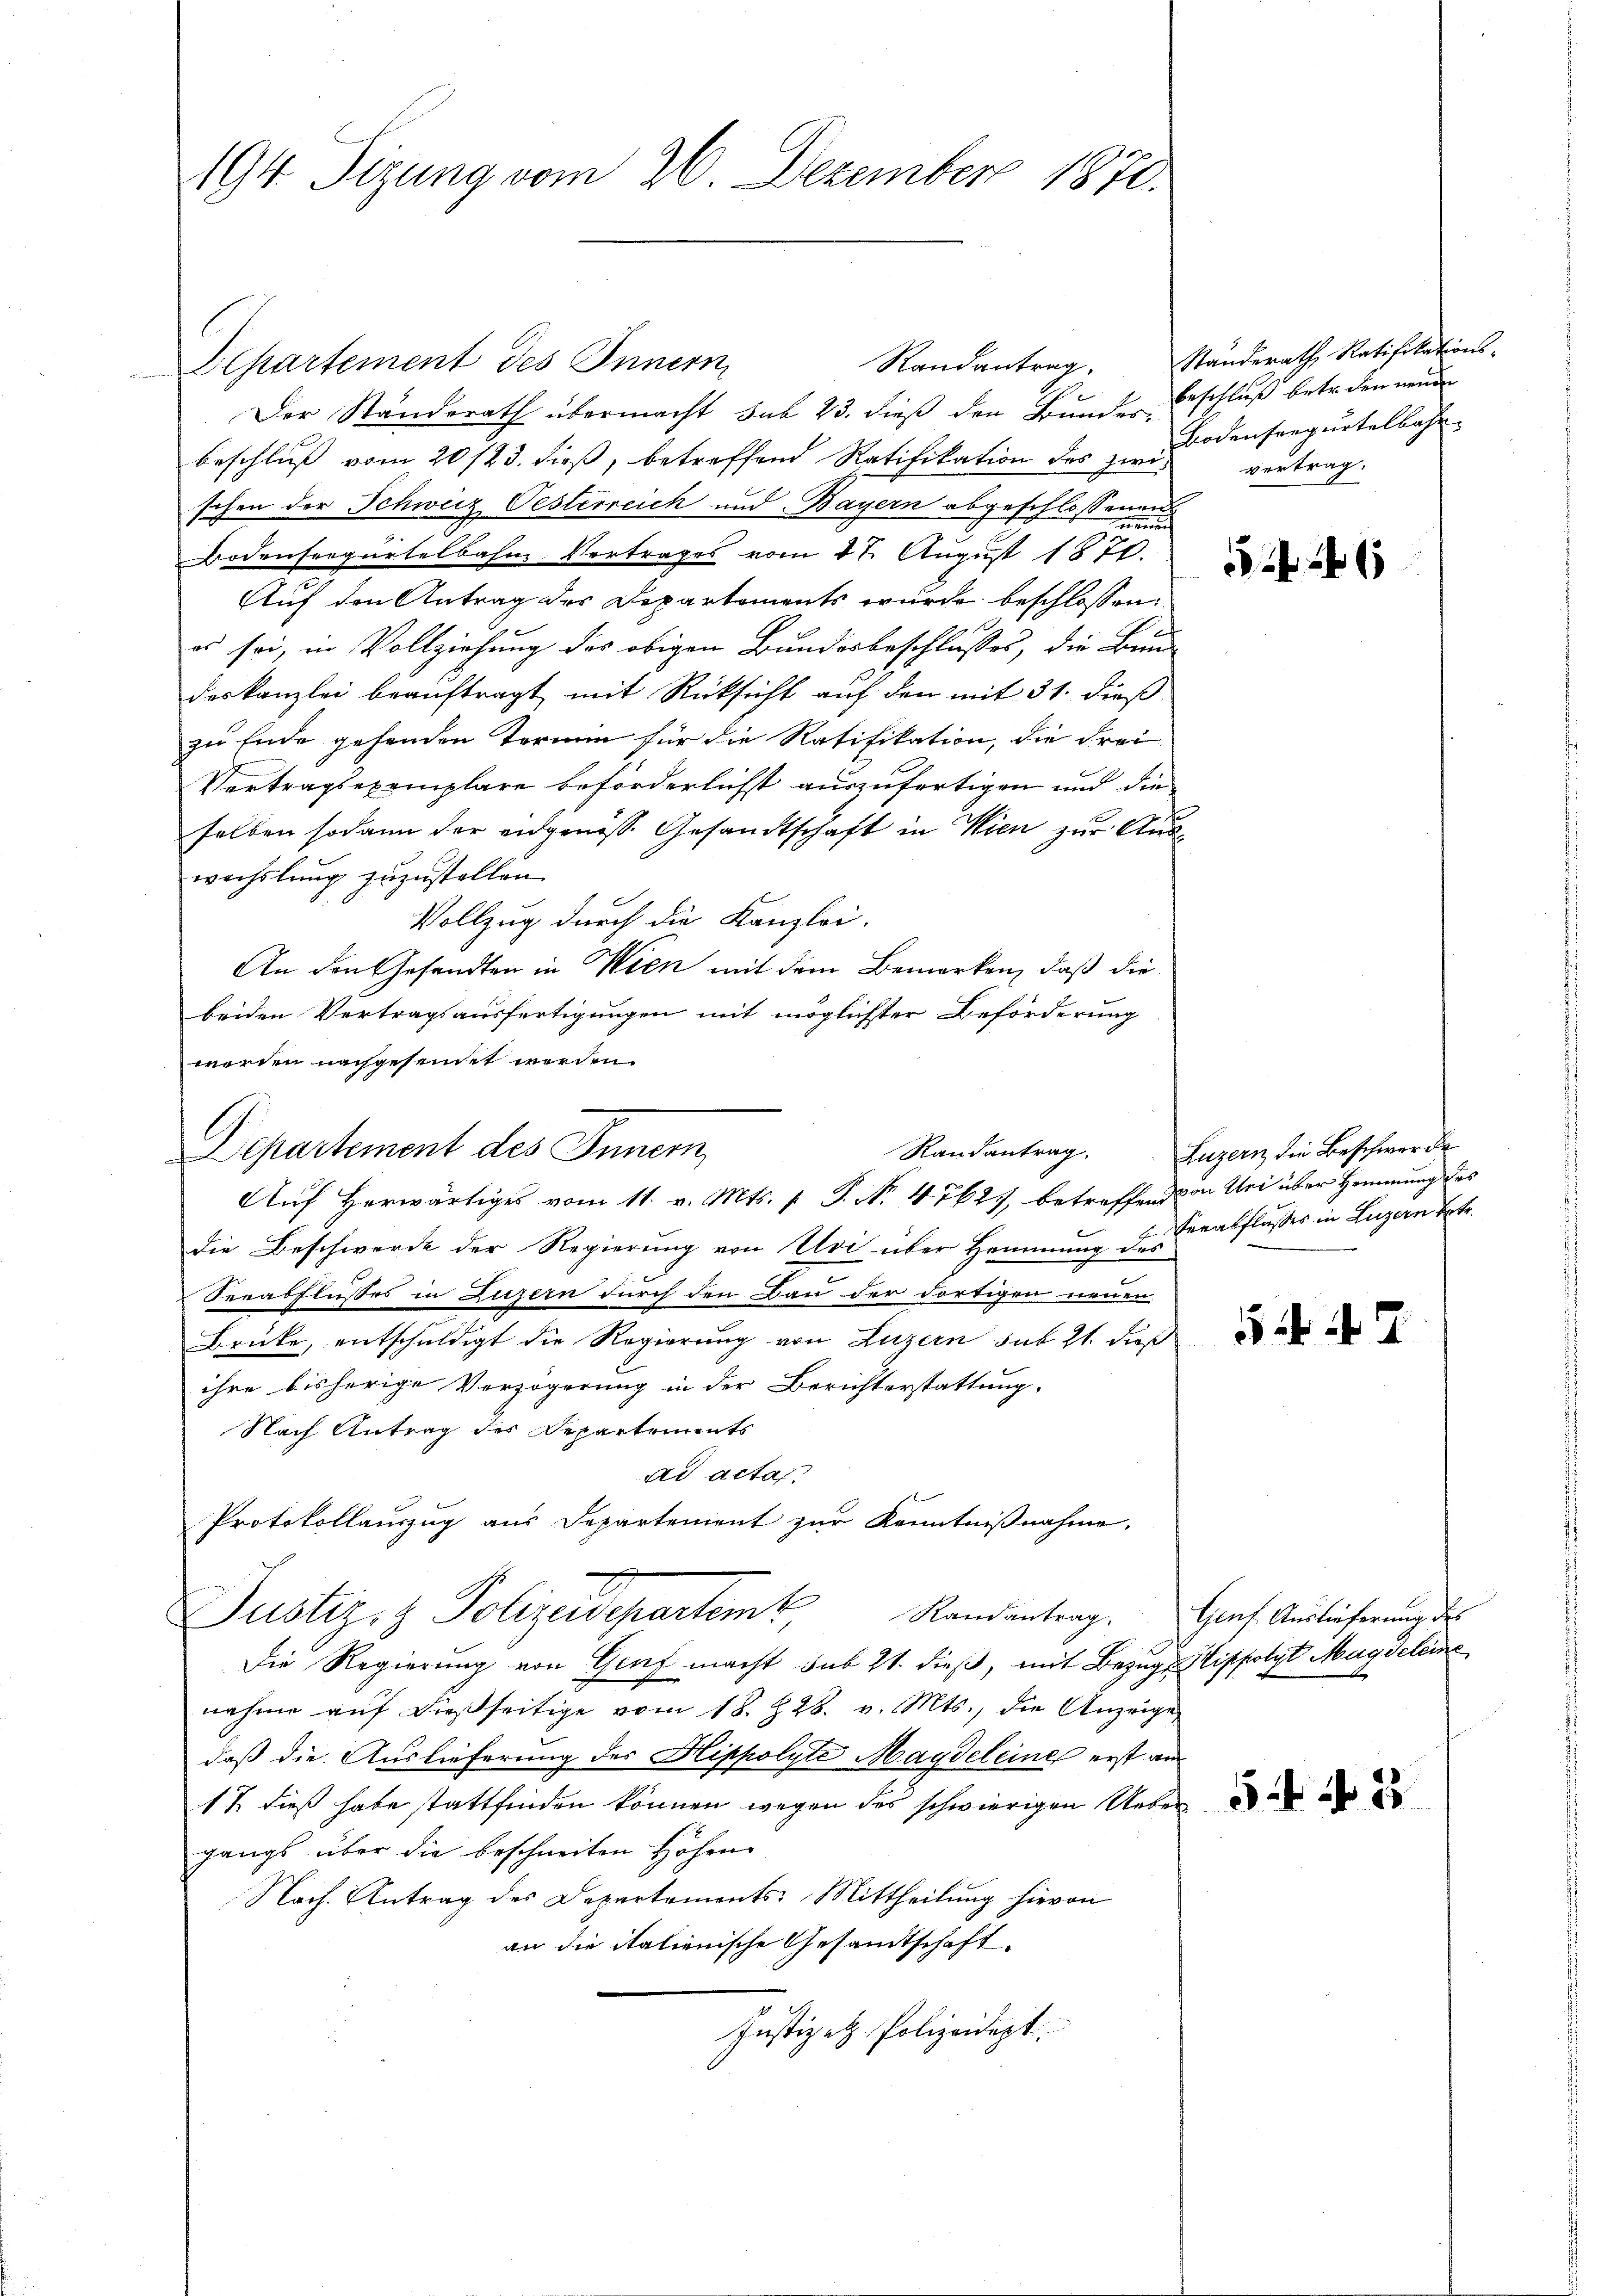
194. Sizung vom 26. Dezember 1870.

Separtement des Innern,
Der Standerath übermacht sub 23. dieß den Bundes Beschluß betr. den neuen
beschluß vom 20/23. dieß, betreffend Ratifikation des zwischon der Schweiz Oesterreich und Bayern abgeschlossenen
Bodenseegurtelbahn Vertrages vom 27. August 1870.
Auf den Antrag des Departements wurde beschlossen:
es sei, in Vollziehung des obigen Bundesbeschlusses, die Bund
deskanzlei beauftragt mit Rücksicht auf den mit 31. dieß
zu Ende gehenden Termin für die Ratifikation, die Frei
Vertragsexemplare beförderlichst auszufertigen und die
selben sodann der eidgenöss. Gesandtschaft in Wien zur Auswechslung zuzustellen.
Vollzug durch die Kanzlei-
An den Gesandten in Wien mit dem Bemerken, daß die
beiden Vertragsausfertigungen mit möglichter Beförderung
werden nachgesendet werden.
Departement des Innern,
die Beschwerde der Regierung von Uri über Hemmung des
Serabflusses in Luzern durch den Bau der dortigen neuen
Brüke, entschuldigt die Regierung von Luzern sub 21. dieß
ihre bisherige Verzögerung in der Berichterstattung,
Nach Antrag des Departements
ad actat:
Protokollauszug aus Departement zur Kenntnißnahme.
Justiz- & Polizeidepartem Randantrag
Die Regierung von Graf macht sub 21. dieß, mit Bezugs-Sitfolgt Magdelein
nahme aŭf dießseitige vom 18. 228. v. Mts., die Anzeige
daß die Auslieferung des Hippolyte Magdeleine erst am
17. dieß habe stattfinden können wegen des schwierigen Uebergangs über die beschneiten Höhen
Nach Antrag des Departements-Mittheilung hievon
an die italienische Gesandtschaft.
Justiz et. Polizeidept.

C

Randantrag.
Auf Herwärtiges vom 11. v. Mts. f. P. No 47627, betreffend von Uri über Hemmung des

Randantrag.

Standerath Ratifikations-
Bodenfregurtelbahn.
vertrag.

246

Luzern die Beschwerde
Verabflusses in Luzern betr.

42

Genf Auslieferung des

544 f 5